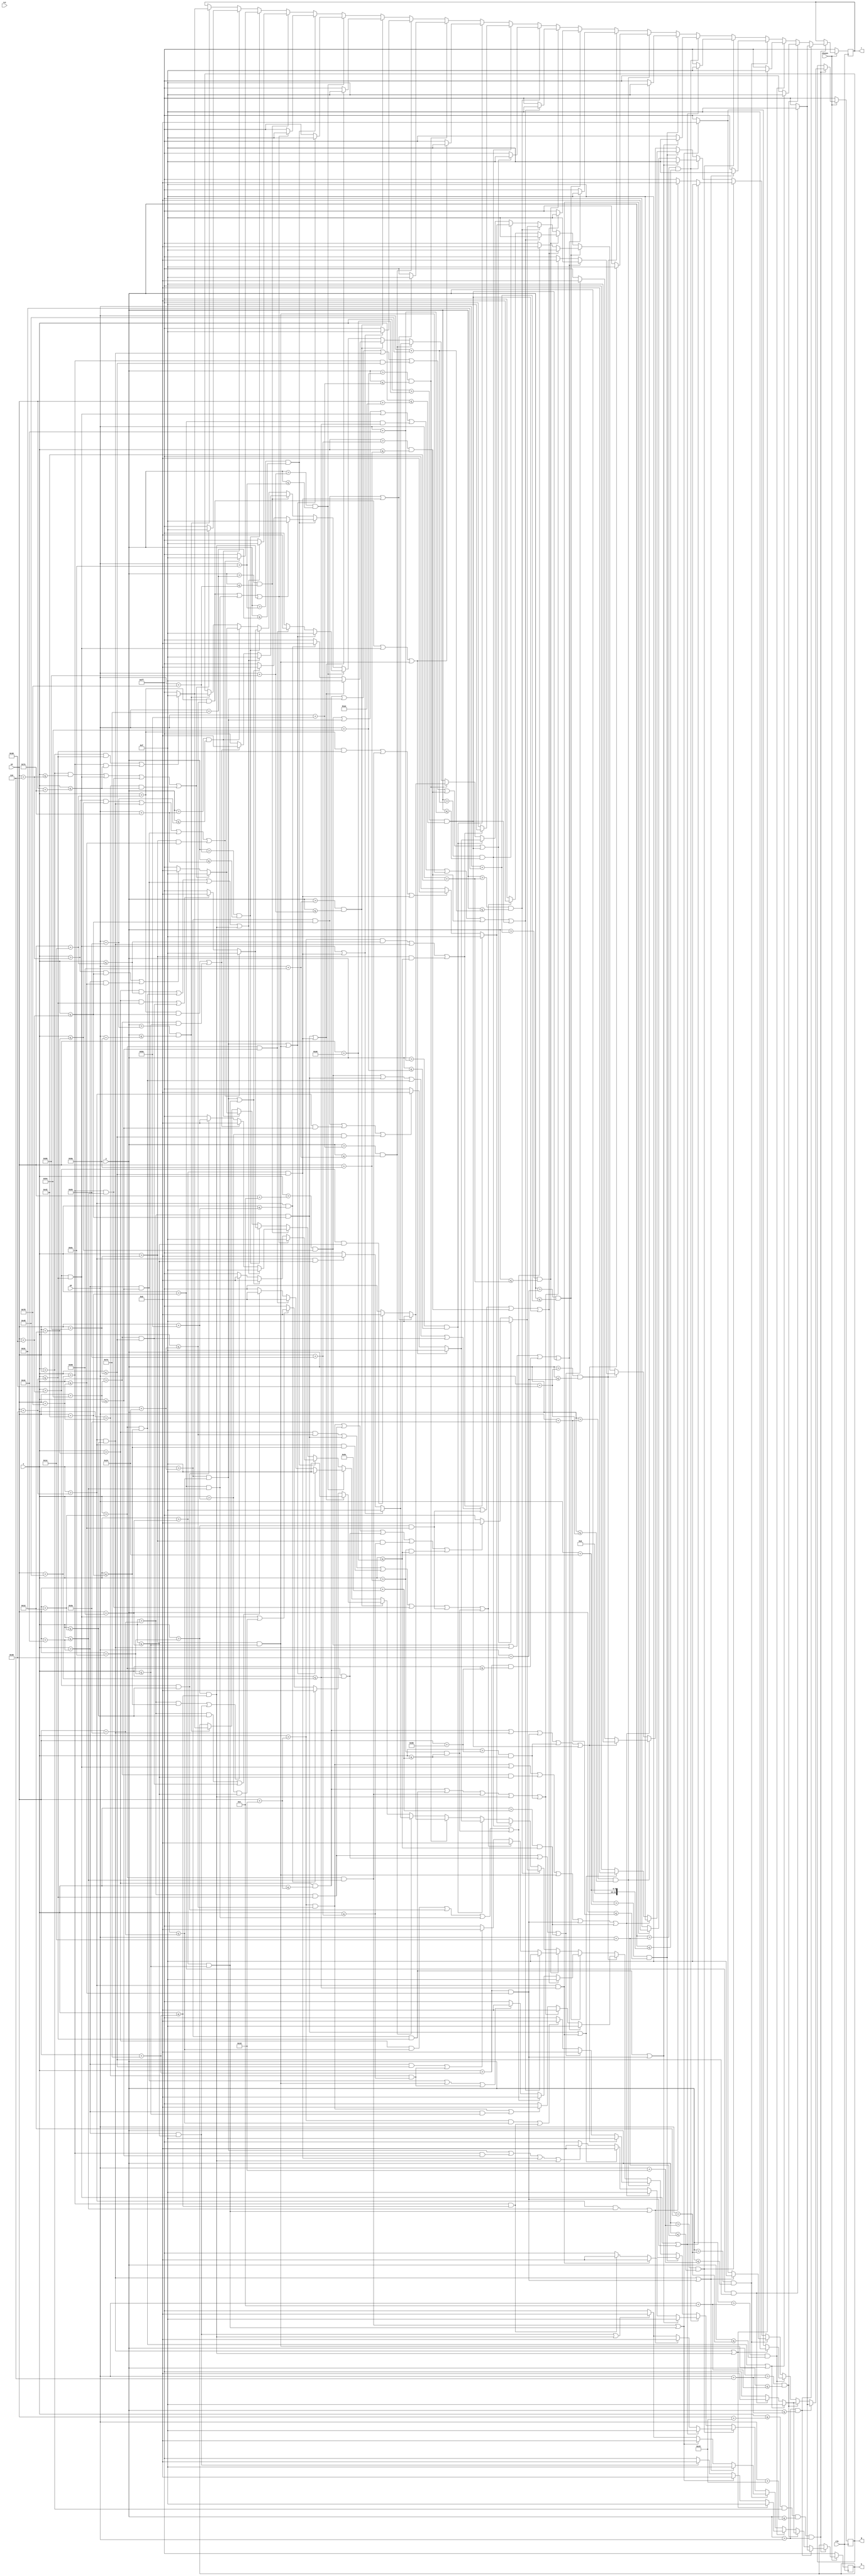
module ironman(clk, rst, x, y, r, g, b, x0, y0, chosen);
	input clk, rst, chosen;
	input [9:0] x, x0;
	input [8:0] y, y0;
	output reg [7:0] r, g, b;
	
	parameter scale = 6;
	
	//16 * 20 scale parameter: 6-7

always @(posedge clk) begin
		if(chosen) begin
			if(x <= x0 + 10'b0011001000 & x > x0 & y <= y0 + 9'b011001000 & y > y0) begin
				if(y > y0 & y <= y0 + scale) begin
					if((x > x0 + 11*scale & x <= x0 + 17*scale)) begin
						r <= 8'b00001111;
						g <= 8'b00001111;
						b <= 8'b00001111;
					end else begin
						r <= 8'b11111111;
						g <= 8'b11111111;
						b <= 8'b11111111;
					end
				end else if (y > y0 + scale & y <= y0 + 2*scale) begin
					if((x > x0 + 10*scale & x <= x0 + 11*scale) | (x > x0 + 17*scale & x <= x0 + 18*scale)) begin
						r <= 8'b00001111;
						g <= 8'b00001111;
						b <= 8'b00001111;
					end else if ((x > x0 + 11*scale & x <= x0 + 17*scale)) begin
						r <= 8'b11111111;
						g <= 8'b00000000;
						b <= 8'b00000000;
					end else begin
						r <= 8'b11111111;
						g <= 8'b11111111;
						b <= 8'b11111111;
					end
				end else if (y > y0 + 2*scale & y <= y0 + 3*scale) begin
					if((x > x0 + 9*scale & x <= x0 + 10*scale) | (x > x0 + 18*scale & x <= x0 + 19*scale)) begin
						r <= 8'b00001111;
						g <= 8'b00001111;
						b <= 8'b00001111;
					end else if ((x > x0 + 10*scale & x <= x0 + 13*scale) | (x > x0 + 16*scale & x <= x0 + 18*scale)) begin
						r <= 8'b11111111;
						g <= 8'b00000000;
						b <= 8'b00000000;
					end else if ((x > x0 + 13*scale & x <= x0 + 16*scale)) begin
						r <= 8'b11111111;
						g <= 8'b11111111;
						b <= 8'b00000000;
					end else begin
						r <= 8'b11111111;
						g <= 8'b11111111;
						b <= 8'b11111111;
					end
				end else if (y > y0 + 3*scale & y <= y0 + 4*scale) begin
					if((x > x0 + 9*scale & x <= x0 + 10*scale) | (x > x0 + 19*scale & x <= x0 + 20*scale)) begin
						r <= 8'b00001111;
						g <= 8'b00001111;
						b <= 8'b00001111;
					end else if ((x > x0 + 10*scale & x <= x0 + 13*scale) | (x > x0 + 16*scale & x <= x0 + 18*scale)) begin
						r <= 8'b11111111;
						g <= 8'b00000000;
						b <= 8'b00000000;
					end else if ((x > x0 + 13*scale & x <= x0 + 16*scale) | (x > x0 + 18*scale & x <= x0 + 19*scale)) begin
						r <= 8'b11111111;
						g <= 8'b11111111;
						b <= 8'b00000000;
					end else begin
						r <= 8'b11111111;
						g <= 8'b11111111;
						b <= 8'b11111111;
					end
				end else if (y > y0 + 4*scale & y <= y0 + 5*scale) begin
					if((x > x0 + 8*scale & x <= x0 + 9*scale) | (x > x0 + 19*scale & x <= x0 + 20*scale)) begin
						r <= 8'b00001111;
						g <= 8'b00001111;
						b <= 8'b00001111;
					end else if ((x > x0 + 9*scale & x <= x0 + 13*scale) | (x > x0 + 16*scale & x <= x0 + 18*scale)) begin
						r <= 8'b11111111;
						g <= 8'b00000000;
						b <= 8'b00000000;
					end else if ((x > x0 + 13*scale & x <= x0 + 16*scale) | (x > x0 + 18*scale & x <= x0 + 19*scale)) begin
						r <= 8'b11111111;
						g <= 8'b11111111;
						b <= 8'b00000000;
					end else begin
						r <= 8'b11111111;
						g <= 8'b11111111;
						b <= 8'b11111111;
					end
				end else if (y > y0 + 5*scale & y <= y0 + 6*scale) begin
					if((x > x0 + 6*scale & x <= x0 + 9*scale) | (x > x0 + 19*scale & x <= x0 + 20*scale)) begin
						r <= 8'b00001111;
						g <= 8'b00001111;
						b <= 8'b00001111;
					end else if ((x > x0 + 9*scale & x <= x0 + 12*scale)) begin
						r <= 8'b11111111;
						g <= 8'b00000000;
						b <= 8'b00000000;
					end else if ((x > x0 + 12*scale & x <= x0 + 19*scale)) begin
						r <= 8'b11111111;
						g <= 8'b11111111;
						b <= 8'b00000000;
					end else begin
						r <= 8'b11111111;
						g <= 8'b11111111;
						b <= 8'b11111111;
					end
				end else if (y > y0 + 6*scale & y <= y0 + 7*scale) begin
					if((x > x0 + 4*scale & x <= x0 + 6*scale) | (x > x0 + 8*scale & x <= x0 + 9*scale) | (x > x0 + 14*scale & x <= x0 + 16*scale) | (x > x0 + 17*scale & x <= x0 + 18*scale) | (x > x0 + 19*scale & x <= x0 + 20*scale) | (x > x0 + 26*scale & x <= x0 + 28*scale)) begin
						r <= 8'b00001111;
						g <= 8'b00001111;
						b <= 8'b00001111;
					end else if ((x > x0 + 7*scale & x <= x0 + 8*scale) | (x > x0 + 9*scale & x <= x0 + 12*scale)) begin
						r <= 8'b11111111;
						g <= 8'b00000000;
						b <= 8'b00000000;
					end else if ((x > x0 + 6*scale & x <= x0 + 7*scale) | (x > x0 + 12*scale & x <= x0 + 14*scale) | (x > x0 + 16*scale & x <= x0 + 17*scale) | (x > x0 + 18*scale & x <= x0 + 19*scale)) begin
						r <= 8'b11111111;
						g <= 8'b11111111;
						b <= 8'b00000000;
					end else begin
						r <= 8'b11111111;
						g <= 8'b11111111;
						b <= 8'b11111111;
					end
				end else if (y > y0 + 7*scale & y <= y0 + 8*scale) begin
					if((x > x0 + 3*scale & x <= x0 + 4*scale) | (x > x0 + 9*scale & x <= x0 + 10*scale) | (x > x0 + 19*scale & x <= x0 + 20*scale) | (x > x0 + 25*scale & x <= x0 + 26*scale) | (x > x0 + 28*scale & x <= x0 + 29*scale)) begin
						r <= 8'b00001111;
						g <= 8'b00001111;
						b <= 8'b00001111;
					end else if ((x > x0 + 7*scale & x <= x0 + 9*scale) | (x > x0 + 10*scale & x <= x0 + 12*scale) | (x > x0 + 26*scale & x <= x0 + 28*scale)) begin
						r <= 8'b11111111;
						g <= 8'b00000000;
						b <= 8'b00000000;
					end else if ((x > x0 + 4*scale & x <= x0 + 7*scale) | (x > x0 + 12*scale & x <= x0 + 19*scale)) begin
						r <= 8'b11111111;
						g <= 8'b11111111;
						b <= 8'b00000000;
					end else begin
						r <= 8'b11111111;
						g <= 8'b11111111;
						b <= 8'b11111111;
					end
				end else if (y > y0 + 8*scale & y <= y0 + 9*scale) begin
					if((x > x0 + 2*scale & x <= x0 + 3*scale) | (x > x0 + 9*scale & x <= x0 + 10*scale) | (x > x0 + 19*scale & x <= x0 + 25*scale) | (x > x0 + 28*scale & x <= x0 + 29*scale)) begin
						r <= 8'b00001111;
						g <= 8'b00001111;
						b <= 8'b00001111;
					end else if ((x > x0 + 3*scale & x <= x0 + 4*scale) | (x > x0 + 6*scale & x <= x0 + 9*scale) | (x > x0 + 10*scale & x <= x0 + 13*scale) | (x > x0 + 18*scale & x <= x0 + 19*scale) | (x > x0 + 25*scale & x <= x0 + 26*scale)) begin
						r <= 8'b11111111;
						g <= 8'b00000000;
						b <= 8'b00000000;
					end else if ((x > x0 + 4*scale & x <= x0 + 6*scale) | (x > x0 + 13*scale & x <= x0 + 18*scale)) begin
						r <= 8'b11111111;
						g <= 8'b11111111;
						b <= 8'b00000000;
					end else begin
						r <= 8'b11111111;
						g <= 8'b11111111;
						b <= 8'b11111111;
					end
				end else if (y > y0 + 9*scale & y <= y0 + 10*scale) begin
					if((x > x0 + 2*scale & x <= x0 + 3*scale) | (x > x0 + 7*scale & x <= x0 + 8*scale) | (x > x0 + 10*scale & x <= x0 + 11*scale) | (x > x0 + 14*scale & x <= x0 + 17*scale) | (x > x0 + 18*scale & x <= x0 + 20*scale) | (x > x0 + 22*scale & x <= x0 + 23*scale) | (x > x0 + 28*scale & x <= x0 + 29*scale)) begin
						r <= 8'b00001111;
						g <= 8'b00001111;
						b <= 8'b00001111;
					end else if ((x > x0 + 3*scale & x <= x0 + 7*scale) | (x > x0 + 8*scale & x <= x0 + 10*scale) | (x > x0 + 11*scale & x <= x0 + 13*scale) | (x > x0 + 23*scale & x <= x0 + 26*scale)) begin
						r <= 8'b11111111;
						g <= 8'b00000000;
						b <= 8'b00000000;
					end else if ((x > x0 + 13*scale & x <= x0 + 14*scale) | (x > x0 + 17*scale & x <= x0 + 18*scale) | (x > x0 + 20*scale & x <= x0 + 22*scale)) begin
						r <= 8'b11111111;
						g <= 8'b11111111;
						b <= 8'b00000000;
					end else begin
						r <= 8'b11111111;
						g <= 8'b11111111;
						b <= 8'b11111111;
					end
				end else if (y > y0 + 10*scale & y <= y0 + 11*scale) begin
					if((x > x0 + 2*scale & x <= x0 + 3*scale) | (x > x0 + 6*scale & x <= x0 + 7*scale) | (x > x0 + 8*scale & x <= x0 + 9*scale) | (x > x0 + 11*scale & x <= x0 + 12*scale) | (x > x0 + 17*scale & x <= x0 + 18*scale) | (x > x0 + 22*scale & x <= x0 + 23*scale) | (x > x0 + 28*scale & x <= x0 + 29*scale)) begin
						r <= 8'b00001111;
						g <= 8'b00001111;
						b <= 8'b00001111;
					end else if ((x > x0 + 3*scale & x <= x0 + 6*scale) | (x > x0 + 7*scale & x <= x0 + 8*scale) | (x > x0 + 9*scale & x <= x0 + 11*scale) | (x > x0 + 12*scale & x <= x0 + 13*scale) | (x > x0 + 18*scale & x <= x0 + 20*scale) | (x > x0 + 23*scale & x <= x0 + 26*scale)) begin
						r <= 8'b11111111;
						g <= 8'b00000000;
						b <= 8'b00000000;
					end else if ((x > x0 + 13*scale & x <= x0 + 17*scale) | (x > x0 + 20*scale & x <= x0 + 22*scale)) begin
						r <= 8'b11111111;
						g <= 8'b11111111;
						b <= 8'b00000000;
					end else begin
						r <= 8'b11111111;
						g <= 8'b11111111;
						b <= 8'b11111111;
					end
				end else if (y > y0 + 11*scale & y <= y0 + 12*scale) begin
					if((x > x0 + 3*scale & x <= x0 + 4*scale) | (x > x0 + 6*scale & x <= x0 + 7*scale) | (x > x0 + 9*scale & x <= x0 + 10*scale) | (x > x0 + 12*scale & x <= x0 + 17*scale) | (x > x0 + 22*scale & x <= x0 + 23*scale) | (x > x0 + 28*scale & x <= x0 + 29*scale)) begin
						r <= 8'b00001111;
						g <= 8'b00001111;
						b <= 8'b00001111;
					end else if ((x > x0 + 4*scale & x <= x0 + 6*scale) | (x > x0 + 7*scale & x <= x0 + 9*scale) | (x > x0 + 10*scale & x <= x0 + 12*scale) | (x > x0 + 17*scale & x <= x0 + 22*scale) | (x > x0 + 23*scale & x <= x0 + 28*scale)) begin
						r <= 8'b11111111;
						g <= 8'b00000000;
						b <= 8'b00000000;
					end else begin
						r <= 8'b11111111;
						g <= 8'b11111111;
						b <= 8'b11111111;
					end
				end else if (y > y0 + 12*scale & y <= y0 + 13*scale) begin
					if((x > x0 + 4*scale & x <= x0 + 5*scale) | (x > x0 + 9*scale & x <= x0 + 10*scale) | (x > x0 + 17*scale & x <= x0 + 28*scale)) begin
						r <= 8'b00001111;
						g <= 8'b00001111;
						b <= 8'b00001111;
					end else if ((x > x0 + 5*scale & x <= x0 + 9*scale) | (x > x0 + 10*scale & x <= x0 + 13*scale) | (x > x0 + 16*scale & x <= x0 + 17*scale)) begin
						r <= 8'b11111111;
						g <= 8'b00000000;
						b <= 8'b00000000;
					end else begin
						r <= 8'b11111111;
						g <= 8'b11111111;
						b <= 8'b11111111;
					end
				end else if (y > y0 + 13*scale & y <= y0 + 14*scale) begin
					if((x > x0 + 5*scale & x <= x0 + 6*scale) | (x > x0 + 8*scale & x <= x0 + 9*scale) | (x > x0 + 17*scale & x <= x0 + 18*scale)) begin
						r <= 8'b00001111;
						g <= 8'b00001111;
						b <= 8'b00001111;
					end else if ((x > x0 + 6*scale & x <= x0 + 8*scale) | (x > x0 + 9*scale & x <= x0 + 14*scale) | (x > x0 + 15*scale & x <= x0 + 17*scale)) begin
						r <= 8'b11111111;
						g <= 8'b00000000;
						b <= 8'b00000000;
					end else begin
						r <= 8'b11111111;
						g <= 8'b11111111;
						b <= 8'b11111111;
					end
				end else if (y > y0 + 14*scale & y <= y0 + 15*scale) begin
					if((x > x0 + 6*scale & x <= x0 + 8*scale) | (x > x0 + 16*scale & x <= x0 + 17*scale)) begin
						r <= 8'b00001111;
						g <= 8'b00001111;
						b <= 8'b00001111;
					end else if ((x > x0 + 8*scale & x <= x0 + 16*scale)) begin
						r <= 8'b11111111;
						g <= 8'b00000000;
						b <= 8'b00000000;
					end else begin
						r <= 8'b11111111;
						g <= 8'b11111111;
						b <= 8'b11111111;
					end
				end else if (y > y0 + 15*scale & y <= y0 + 16*scale) begin
					if((x > x0 + 8*scale & x <= x0 + 9*scale) | (x > x0 + 16*scale & x <= x0 + 17*scale)) begin
						r <= 8'b00001111;
						g <= 8'b00001111;
						b <= 8'b00001111;
					end else if ((x > x0 + 9*scale & x <= x0 + 16*scale)) begin
						r <= 8'b11111111;
						g <= 8'b00000000;
						b <= 8'b00000000;
					end else begin
						r <= 8'b11111111;
						g <= 8'b11111111;
						b <= 8'b11111111;
					end
				end else if (y > y0 + 16*scale & y <= y0 + 17*scale) begin
					if((x > x0 + 7*scale & x <= x0 + 8*scale) | (x > x0 + 16*scale & x <= x0 + 17*scale)) begin
						r <= 8'b00001111;
						g <= 8'b00001111;
						b <= 8'b00001111;
					end else if ((x > x0 + 9*scale & x <= x0 + 15*scale)) begin
						r <= 8'b11111111;
						g <= 8'b00000000;
						b <= 8'b00000000;
					end else if ((x > x0 + 8*scale & x <= x0 + 9*scale) | (x > x0 + 15*scale & x <= x0 + 16*scale)) begin
						r <= 8'b11111111;
						g <= 8'b11111111;
						b <= 8'b00000000;
					end else begin
						r <= 8'b11111111;
						g <= 8'b11111111;
						b <= 8'b11111111;
					end
				end else if (y > y0 + 17*scale & y <= y0 + 18*scale) begin
					if((x > x0 + 6*scale & x <= x0 + 7*scale) | (x > x0 + 17*scale & x <= x0 + 18*scale)) begin
						r <= 8'b00001111;
						g <= 8'b00001111;
						b <= 8'b00001111;
					end else if ((x > x0 + 10*scale & x <= x0 + 14*scale)) begin
						r <= 8'b11111111;
						g <= 8'b00000000;
						b <= 8'b00000000;
					end else if ((x > x0 + 7*scale & x <= x0 + 10*scale) | (x > x0 + 14*scale & x <= x0 + 17*scale)) begin
						r <= 8'b11111111;
						g <= 8'b11111111;
						b <= 8'b00000000;
					end else begin
						r <= 8'b11111111;
						g <= 8'b11111111;
						b <= 8'b11111111;
					end
				end else if (y > y0 + 18*scale & y <= y0 + 19*scale) begin
					if((x > x0 + 5*scale & x <= x0 + 6*scale) | (x > x0 + 11*scale & x <= x0 + 13*scale) | (x > x0 + 18*scale & x <= x0 + 19*scale)) begin
						r <= 8'b00001111;
						g <= 8'b00001111;
						b <= 8'b00001111;
					end else if ((x > x0 + 6*scale & x <= x0 + 7*scale) | (x > x0 + 16*scale & x <= x0 + 18*scale)) begin
						r <= 8'b11111111;
						g <= 8'b00000000;
						b <= 8'b00000000;
					end else if ((x > x0 + 7*scale & x <= x0 + 11*scale) | (x > x0 + 13*scale & x <= x0 + 16*scale)) begin
						r <= 8'b11111111;
						g <= 8'b11111111;
						b <= 8'b00000000;
					end else begin
						r <= 8'b11111111;
						g <= 8'b11111111;
						b <= 8'b11111111;
					end
				end else if (y > y0 + 19*scale & y <= y0 + 20*scale) begin
					if((x > x0 + 3*scale & x <= x0 + 5*scale) | (x > x0 + 10*scale & x <= x0 + 11*scale) | (x > x0 + 13*scale & x <= x0 + 14*scale) | (x > x0 + 18*scale & x <= x0 + 19*scale)) begin
						r <= 8'b00001111;
						g <= 8'b00001111;
						b <= 8'b00001111;
					end else if ((x > x0 + 5*scale & x <= x0 + 8*scale) | (x > x0 + 14*scale & x <= x0 + 18*scale)) begin
						r <= 8'b11111111;
						g <= 8'b00000000;
						b <= 8'b00000000;
					end else if ((x > x0 + 8*scale & x <= x0 + 10*scale)) begin
						r <= 8'b11111111;
						g <= 8'b11111111;
						b <= 8'b00000000;
					end else begin
						r <= 8'b11111111;
						g <= 8'b11111111;
						b <= 8'b11111111;
					end
				end else if (y > y0 + 20*scale & y <= y0 + 21*scale) begin
					if((x > x0 + 1*scale & x <= x0 + 3*scale) | (x > x0 + 9*scale & x <= x0 + 10*scale) | (x > x0 + 13*scale & x <= x0 + 14*scale) | (x > x0 + 17*scale & x <= x0 + 20*scale)) begin
						r <= 8'b00001111;
						g <= 8'b00001111;
						b <= 8'b00001111;
					end else if ((x > x0 + 3*scale & x <= x0 + 9*scale) | (x > x0 + 14*scale & x <= x0 + 17*scale)) begin
						r <= 8'b11111111;
						g <= 8'b00000000;
						b <= 8'b00000000;
					end else begin
						r <= 8'b11111111;
						g <= 8'b11111111;
						b <= 8'b11111111;
					end
				end else if (y > y0 + 21*scale & y <= y0 + 22*scale) begin
					if((x > x0 & x <= x0 + scale) | (x > x0 + 8*scale & x <= x0 + 9*scale) | (x > x0 + 12*scale & x <= x0 + 13*scale) | (x > x0 + 20*scale & x <= x0 + 21*scale)) begin
						r <= 8'b00001111;
						g <= 8'b00001111;
						b <= 8'b00001111;
					end else if ((x > x0 + scale & x <= x0 + 8*scale) | (x > x0 + 13*scale & x <= x0 + 20*scale)) begin
						r <= 8'b11111111;
						g <= 8'b00000000;
						b <= 8'b00000000;
					end else begin
						r <= 8'b11111111;
						g <= 8'b11111111;
						b <= 8'b11111111;
					end
				end else if (y > y0 + 22*scale & y <= y0 + 23*scale) begin
					if((x > x0 & x <= x0 + 9*scale) | (x > x0 + 12*scale & x <= x0 + 21*scale)) begin
						r <= 8'b00001111;
						g <= 8'b00001111;
						b <= 8'b00001111;
					end else begin
						r <= 8'b11111111;
						g <= 8'b11111111;
						b <= 8'b11111111;
					end
				end
			end 
		end else begin
			r <= 8'b11111111;
			g <= 8'b11111111;
			b <= 8'b11111111;
		end
	end 
	
endmodule